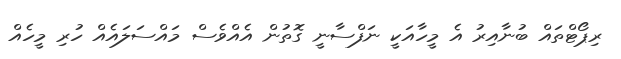
ރިޕޯޓްތައް ބުނާއިރު އެ މީހާއަކީ ނަފްސާނީ ގޮތުން އެއްވެސް މައްސަލައެއް ހުރި މީހެއް